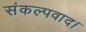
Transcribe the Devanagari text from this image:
संकल्पवाद।